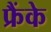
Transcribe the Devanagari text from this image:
फ्रैंके